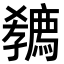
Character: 𡦭